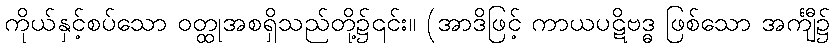
ကိုယ်နှင့်စပ်သော ဝတ္ထုအစရှိသည်တို့၌၎င်း။ (အာဒိဖြင့် ကာယပဋိဗဒ္ဓ ဖြစ်သော အင်္ကျီ၌